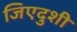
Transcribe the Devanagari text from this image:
जिएदुशी